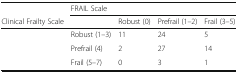
<table><thead><tr><td></td><td colspan="4"><b>FRAIL Scale</b></td></tr><tr><td><b>Clinical Frailty Scale</b></td><td></td><td><b>Robust (0)</b></td><td><b>Prefrail (1–2)</b></td><td><b>Frail (3–5)</b></td></tr></thead><tbody><tr><td></td><td>Robust (1–3)</td><td>11</td><td>24</td><td>5</td></tr><tr><td></td><td>Prefrail (4)</td><td>2</td><td>27</td><td>14</td></tr><tr><td></td><td>Frail (5–7)</td><td>0</td><td>3</td><td>1</td></tr></tbody></table>